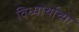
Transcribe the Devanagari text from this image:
विध्यार्थाच्या